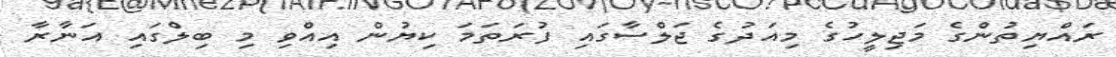
ރައްޔިތުންގެ މަޖިލީހުގެ މިއަދުގެ ޖަލްސާގައި ފުރަތަމަ ކިޔުން އިއްވި މި ބިލްގައި އަނާރާ